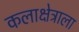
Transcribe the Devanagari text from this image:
कलाक्षेत्राला